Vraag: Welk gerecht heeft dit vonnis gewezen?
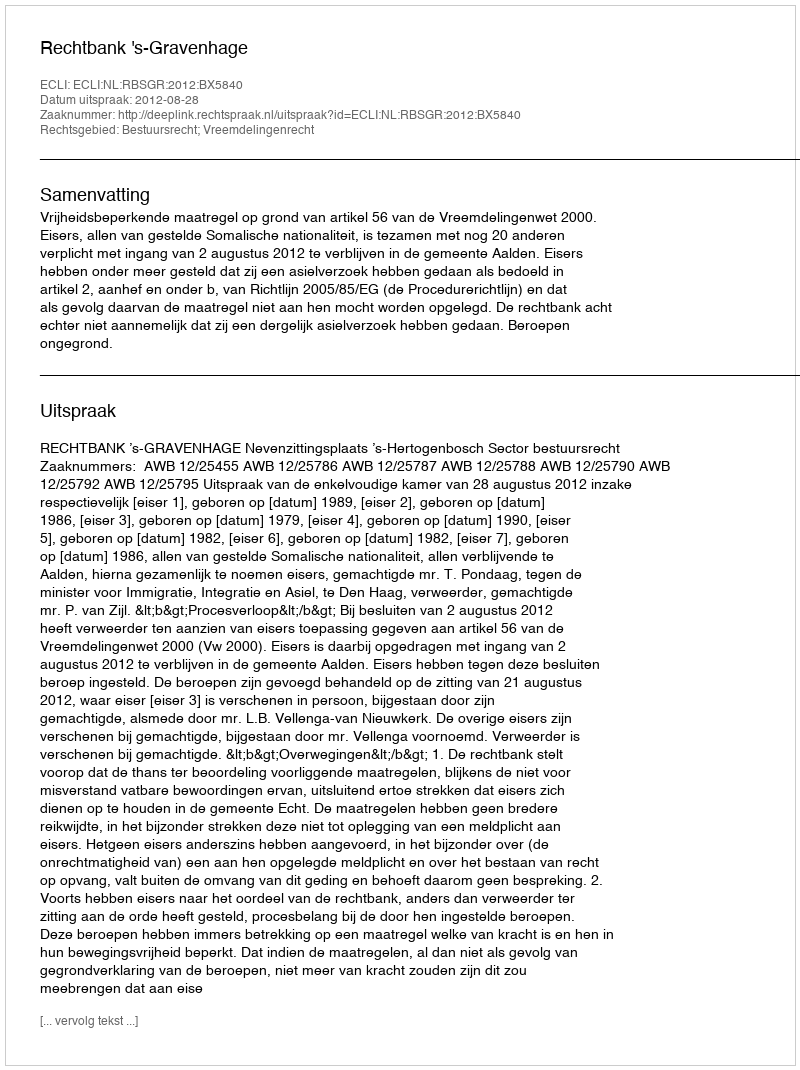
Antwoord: Rechtbank 's-Gravenhage